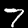
Label: 7